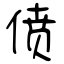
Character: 偾